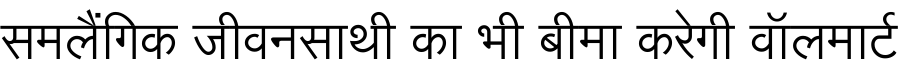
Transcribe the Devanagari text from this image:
समलैंगिक जीवनसाथी का भी बीमा करेगी वॉलमार्ट